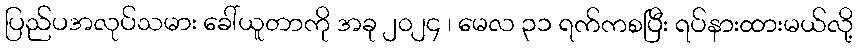
ပြည်ပအလုပ်သမား ခေါ်ယူတာကို အခု ၂၀၂၄ ၊ မေလ ၃၁ ရက်ကစပြီး ရပ်နားထားမယ်လို့